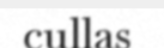
cullas